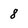
Character: 8